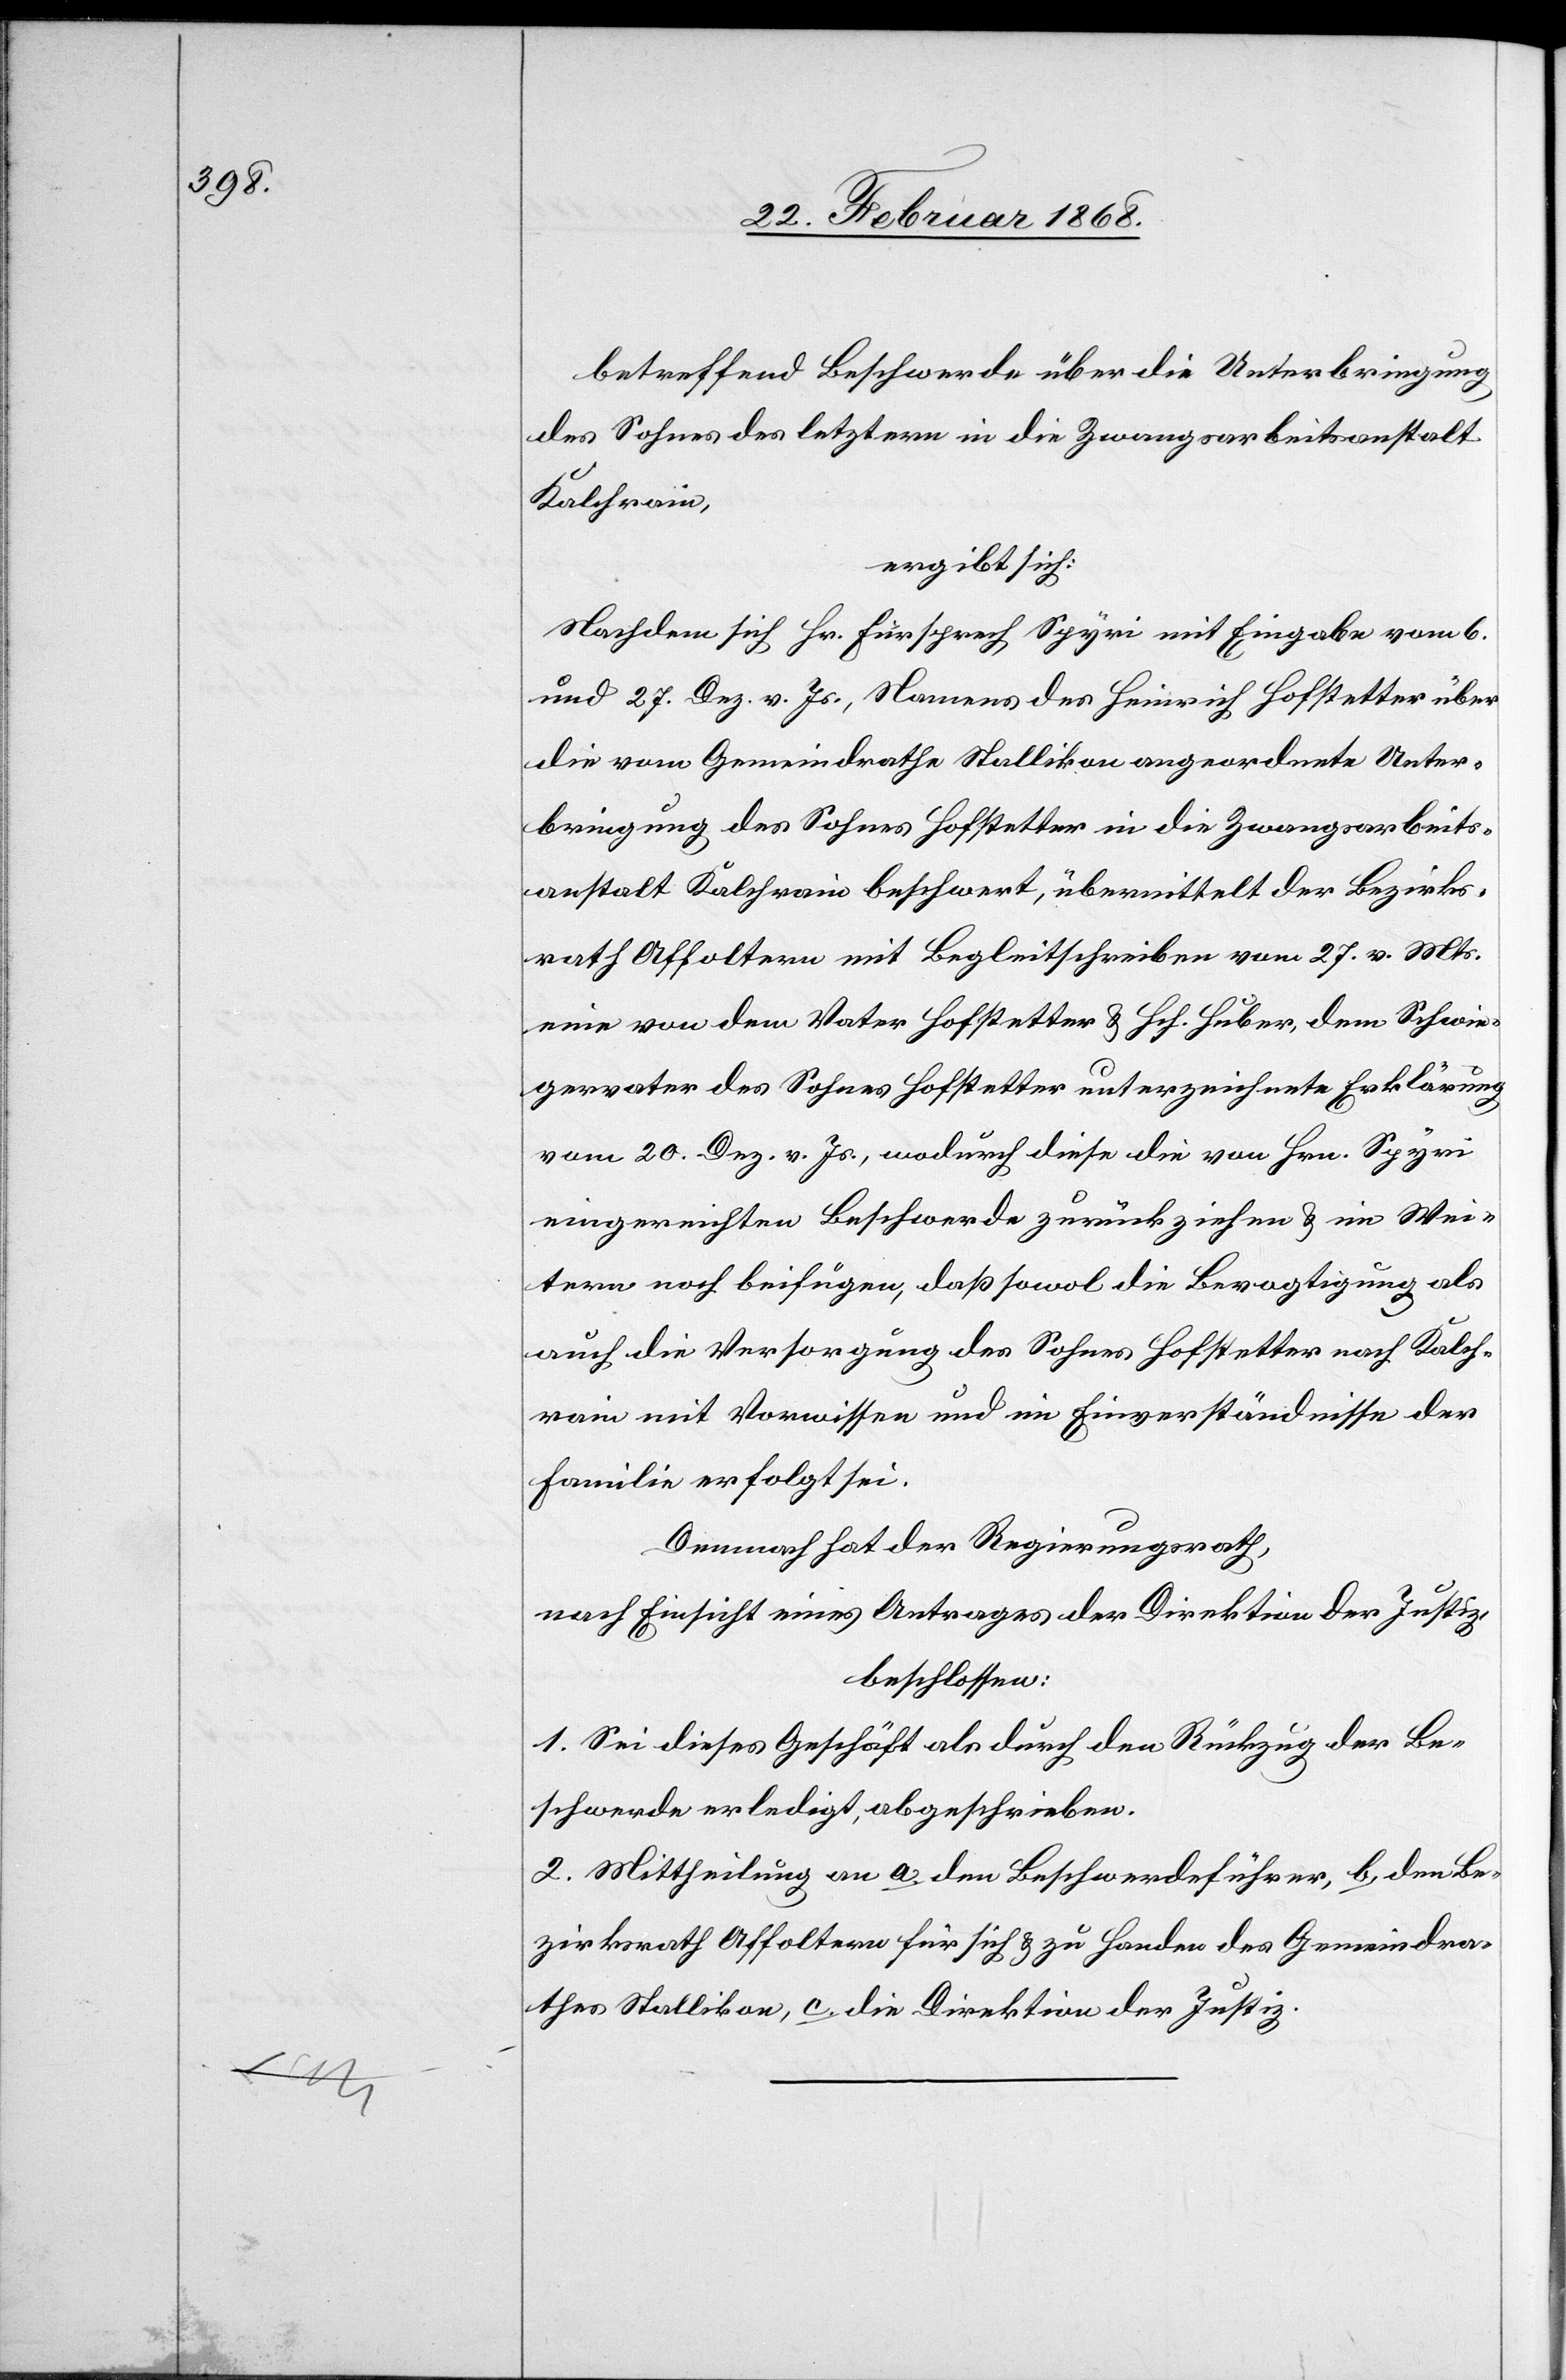
betreffend Beschwerde über die Unterbringung
des Sohnes des letztern in die Zwangsarbeitsanstalt
Kalchrain,
ergibt sich:
Nachdem sich Hr. Fürsprech Spyri mit Eingabe vom 6.
und 27. Dez. v. Js., Namens des Heinrich Hofstetter über
die vom Gemeindrathe Stallikon angeordnete Unter¬
bringung des Sohnes Hofstetter in die Zwangsarbeits¬
anstalt Kalchrain beschwert, übermittelt der Bezirks¬
rath Affoltern mit Begleitschreiben vom 27. v. Mts.
eine von dem Vater Hofstetter & Hch. Huber, dem Schwie¬
gervater des Sohnes Hofstetter unterzeichnete Erklärung
vom 20. Dez. v. Js., wodurch diese die von Hrn. Spyri
eingereichten [sic!] Beschwerde zurückziehen & im Wei¬
tern noch beifügen, daß sowol die Bevogtigung als
auch die Versorgung des Sohnes Hofstetter nach Kalch¬
rain mit Vorwissen und im Einverständnisse der
Familie erfolgt sei.
Demnach hat der Regierungsrath,
nach Einsicht eines Antrages der Direktion der Justiz,
beschlossen:
1. Sei dieses Geschäft als durch den Rückzug der Be¬
schwerde erledigt, abgeschrieben.
2. Mittheilung an a. den Beschwerdeführer, b. den Be¬
zirksrath Affoltern für sich & zu Handen des Gemeindra¬
thes Stallikon, c. die Direktion der Justiz.